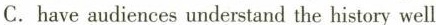
C.have audiences understand the history well.